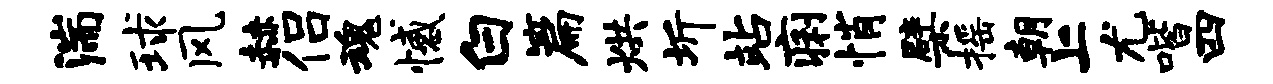
湍球风赫侣魂憾白篇烘圻站痢悄檗摇朝上尤喈四